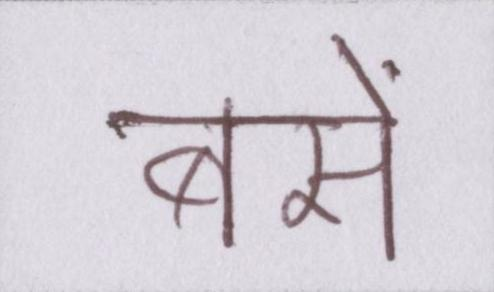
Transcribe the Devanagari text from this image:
बसें